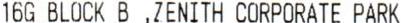
16G BLOCK B ,ZENITH CORPORATE PARK